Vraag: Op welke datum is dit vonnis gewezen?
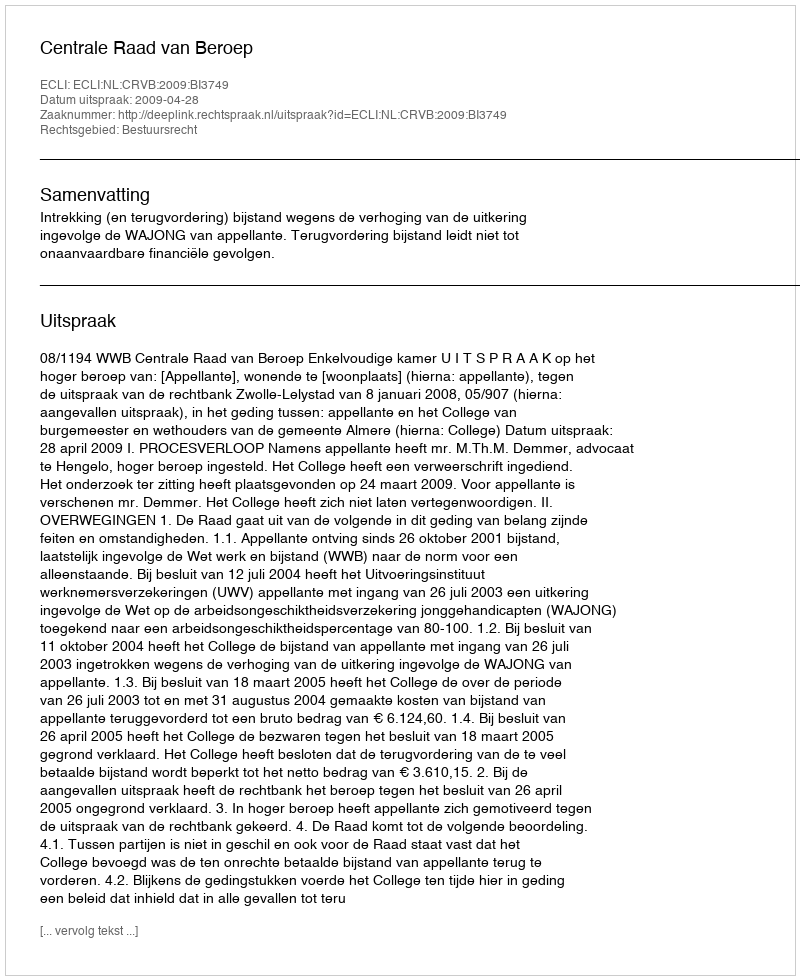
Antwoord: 2009-04-28